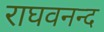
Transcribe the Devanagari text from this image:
राघवनन्द